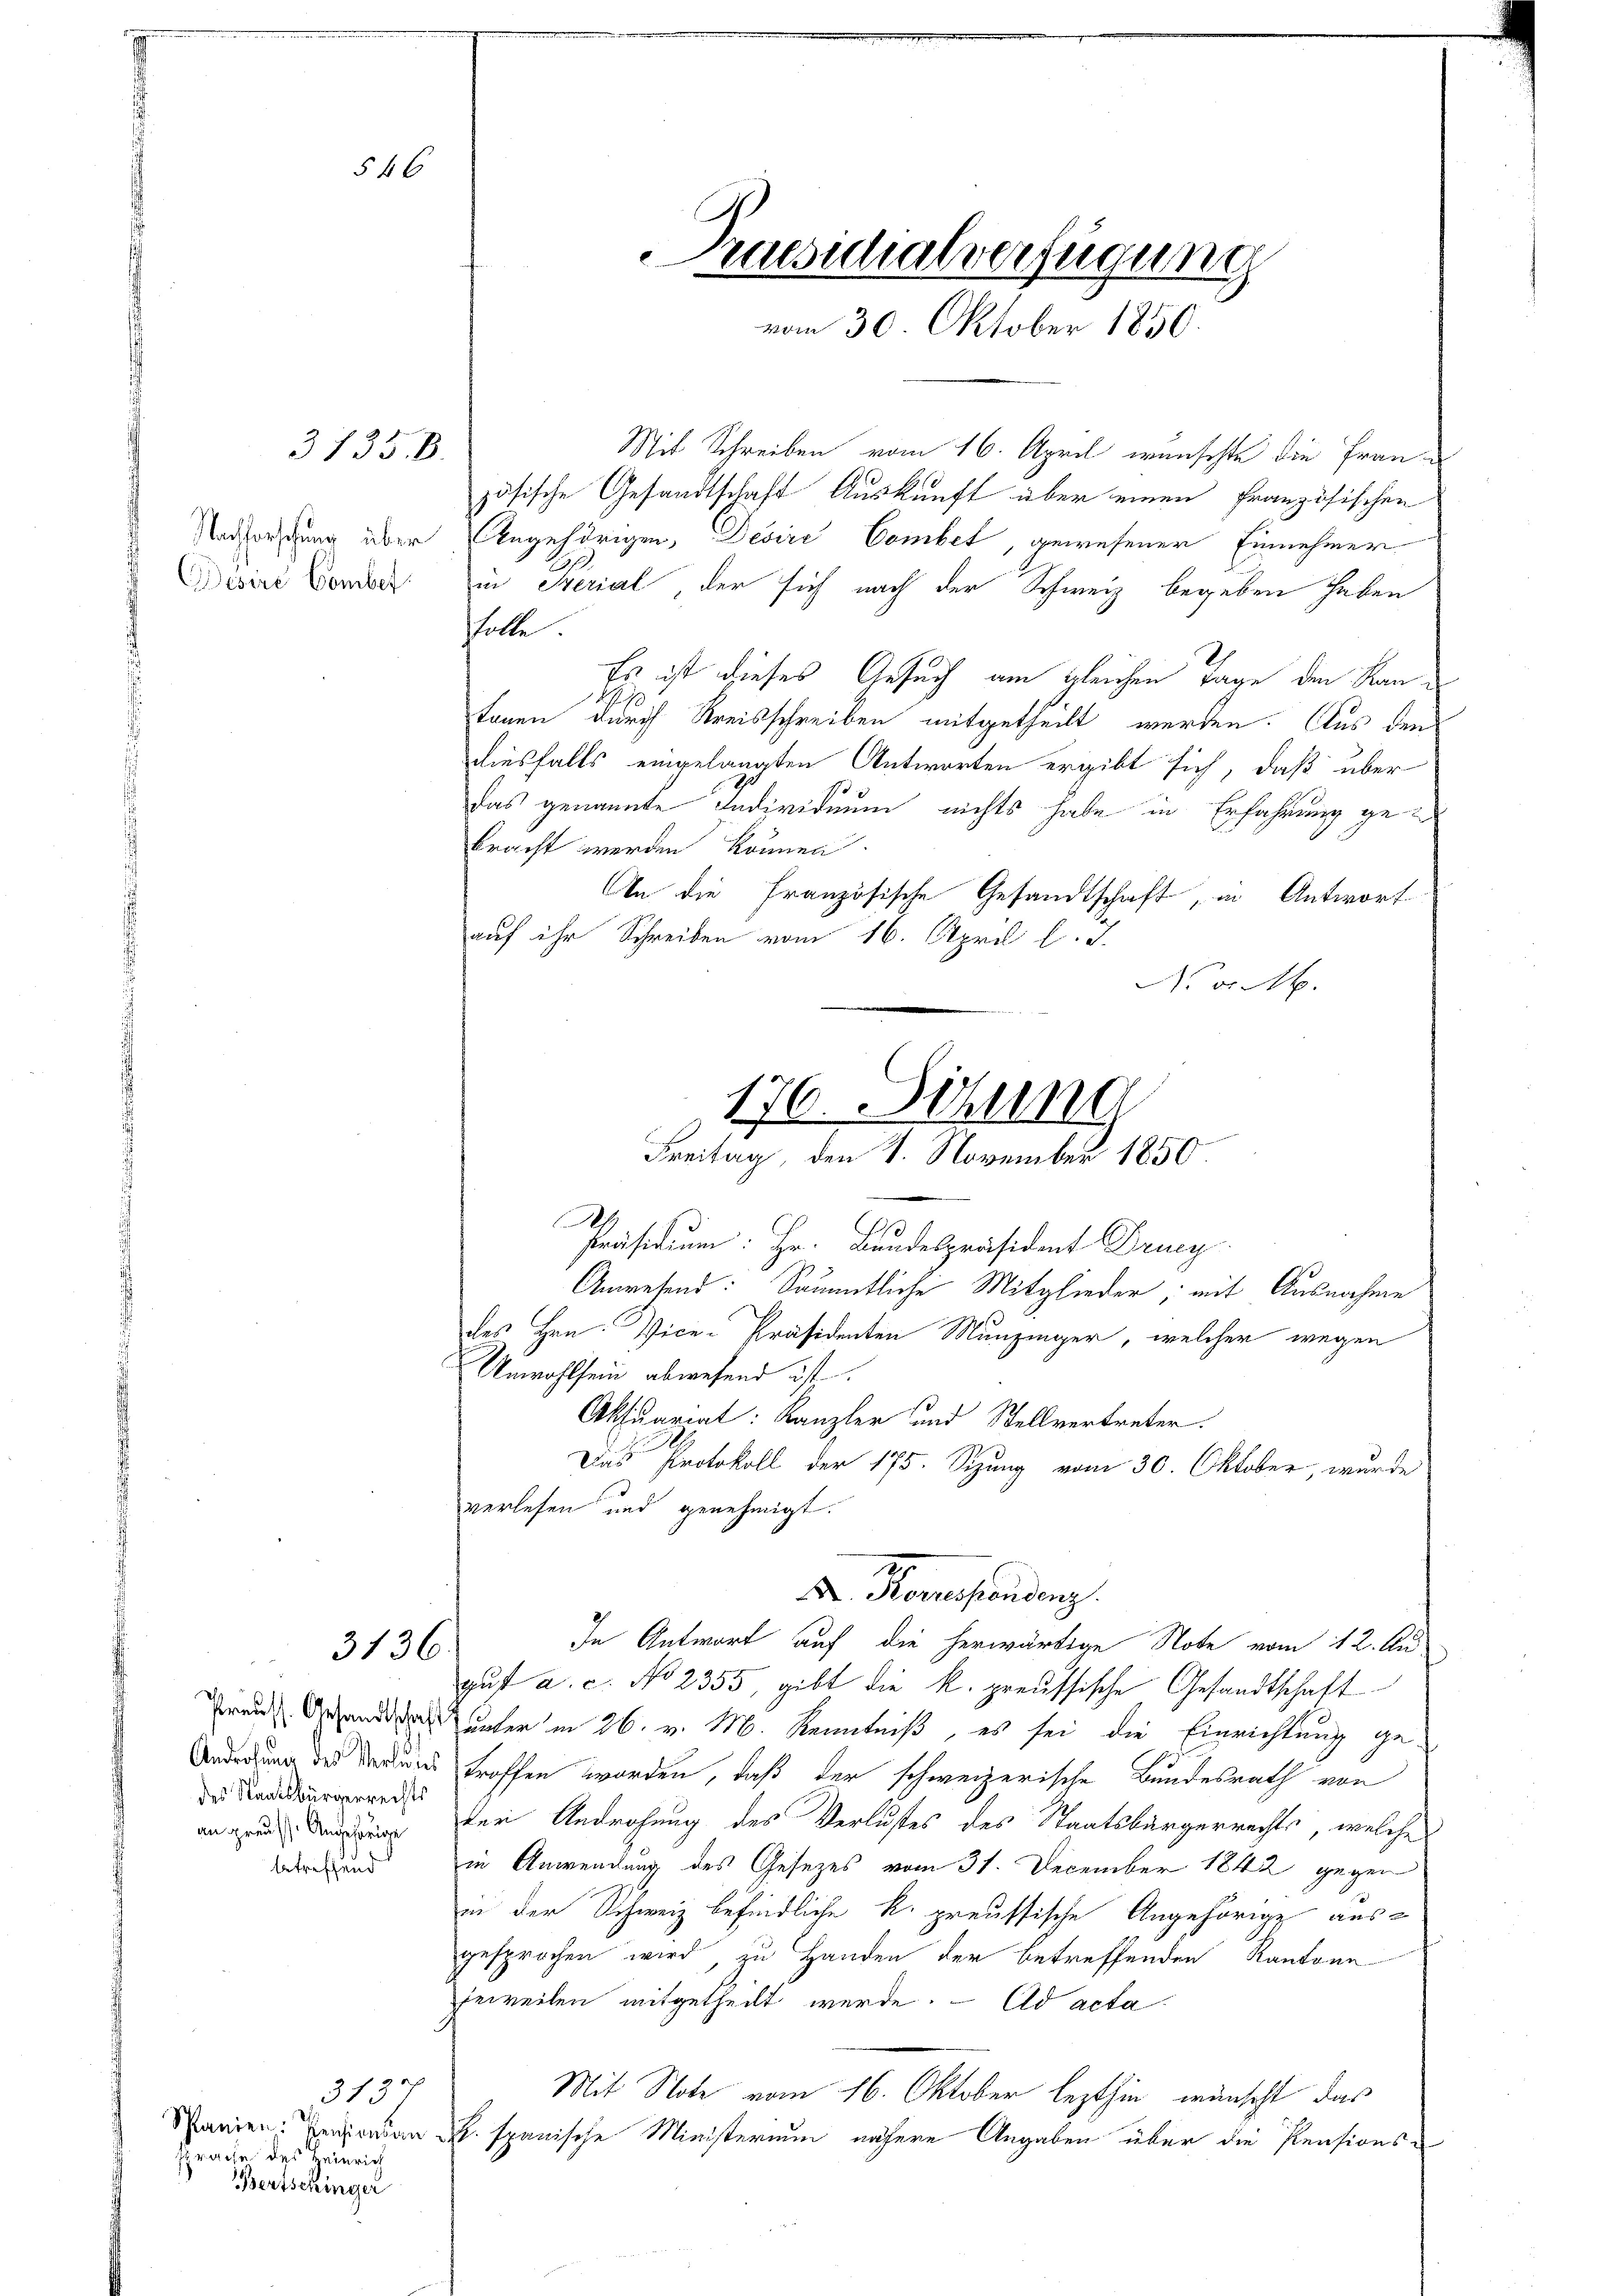
546

3735. B.

Nachforschung über
Desire Comber

3136.

Preuss. Gesandtschaf
Androhung des Verwies
des Staatsbürgerrechts
an preusse Angehörige
betreffend

313
Schlanien Pensionsan
sprache des Heinrich
Bertschinger

Pruesschalverfügung
vom 30. Oktober 1850.

Mit Schreiben vom 16. April wünschte die Französische Gesandtschaft Auskunft über einen französischen
Angehörigen, Desire Combet, gewesener Einnehmerin Sterial der sich nach der Schweiz begeben haben
hhalte.
Es ist dieses Gesuch am gleichen Tage den Kan¬
.70
konen durch Kreisschreiben mitgetheilt werden. Aus den
diesfalls eingelangten Antworten ergibt sich, daß über
das genannte Individuum nichts habe in Erfahrung gebracht werden können.
An die Französische Gesandtschaft, in Antwort
auf ihr Schreiben vom 16. April l. J.
No 0 Mk.
Ach.
Anwesend: Sämmtliche Mitglieder, mit Ausnahme
des Hrn. Vice-Präsidenten Munzinger, welcher wegen
Unwohlsein abwesend ist.
Aktuariat: Kanzler und Stellvertreter.
Das Protokoll der 175. Sizung vom 30. Oktober, wurde
verlesen und genehmigt.
27
. Korrespondenz.
In Antwort auf die herwärtige Note vom 12. Au-
gust a. c. No 2355, gibt die k. preussische Gesandtschaft
unter in 26. v. M. Kenntniß, es sei die Einrichtung ge-
troffen worden, daß der schweizerische Bundesrath von
der Androhung des Verlustes des Staatsbürgerrechts, welche
in Anwendung des Gesezes vom 31. December 1842 gegen
in der Schweiz befindliche k. preussische Angehörige ausgesprochen wird zu Handen der betreffenden Kantone
jeweilen mitgetheilt werde. Ad acta
Mit Note vom 16. Oktober lezthin wünscht das
R. spanische Ministerium nähere Angaben über die Pensions¬

170. Sitzung
Freitag, den 1. November 1850.
C
Präsidium: Hr. Bundespräsident Druc